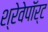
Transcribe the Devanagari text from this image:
श्रेवेपाॅर्ट